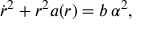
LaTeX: \dot { r } ^ { 2 } + r ^ { 2 } a ( r ) = b \, \alpha ^ { 2 } ,